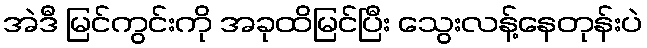
အဲဒီ မြင်ကွင်းကို အခုထိမြင်ပြီး သွေးလန့်နေတုန်းပဲ